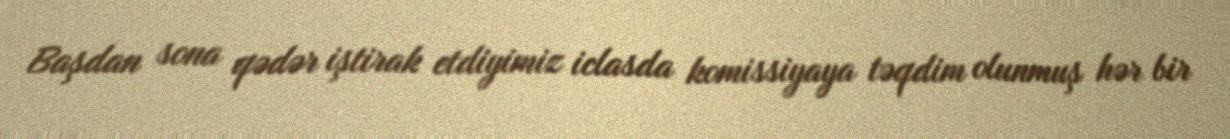
Başdan sona qədər iştirak etdiyimiz iclasda komissiyaya təqdim olunmuş hər bir